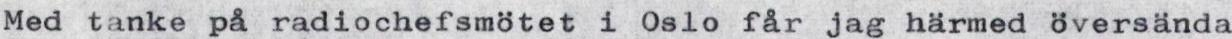
Med tanke på radiochefsmötet i Oslo får jag härmed översända